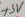
Text: +5V